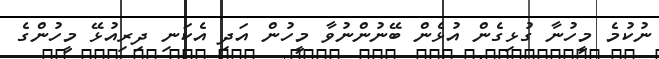
ނުކުމެ މީހުނާ ގުޅިގެން އުޅެން ބޭނުންނުވާ މީހުން އަދި އެކަނި ދިރިއުޅޭ މީހުންގެ